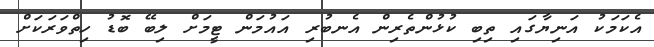
އެކަމަކު އަނިޔާގައި ތިބި ކުޅުންތެރިން އެނބުރި އައުމަން ޓީމަށް ލިބޭ ބޮޑު ހިތްވަރަކަށް